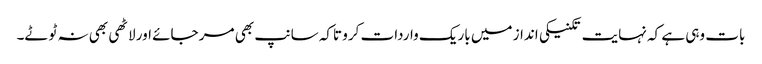
بات وہی ہے کہ نہایت تکنیکی انداز میں باریک واردات کرو تاکہ سانپ بھی مر جائے اور لاٹھی بھی نہ ٹوٹے۔